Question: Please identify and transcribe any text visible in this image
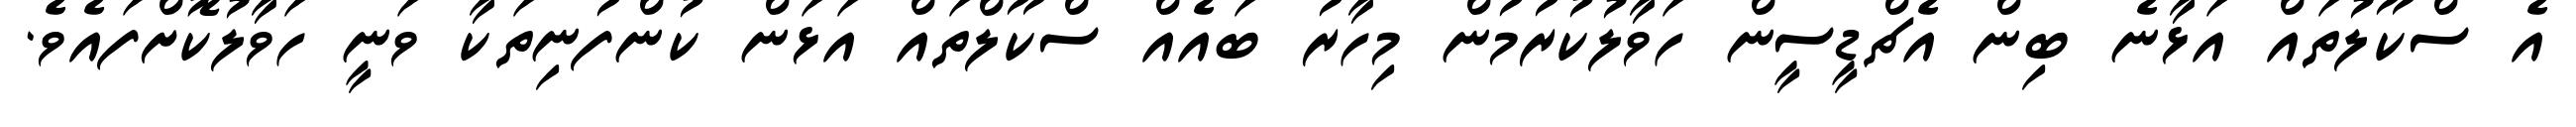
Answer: އެ ސްކޫލުތައް އަޅާނެ ބިން އެޗްޑީސީން ހަވާލުކުރުމުން މިހާރު ބައެއް ސްކޫލްތައް އަޅަން ކުންފުނިތަކާ ވަނީ ހަވާލުކޮށްފައެވެ.